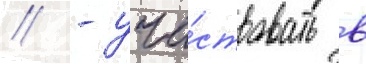
// - уча́ствовать в